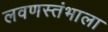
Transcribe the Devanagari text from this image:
लवणस्तंभाला